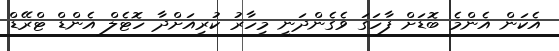
އެކަން އެންމެ ބޮޑަށް ފާހަގަ ވެގެންދަނީ މިހާރު ކުރިއަށްދާ ހޮޓެލް އެންޑް ޓްރޭޑް